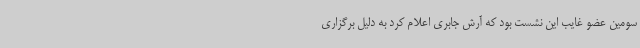
سومین عضو غایب این نشست بود که آرش جابری اعلام کرد به دلیل برگزاری